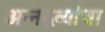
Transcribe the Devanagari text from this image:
अन्नद्रव्यांचा